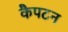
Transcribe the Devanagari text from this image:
कैपटन